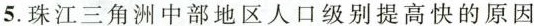
5.珠江三角洲中部地区人口级别提高快的原因